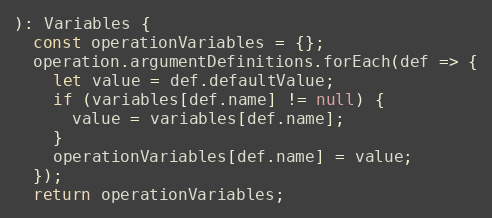
Language: JavaScript
): Variables {
  const operationVariables = {};
  operation.argumentDefinitions.forEach(def => {
    let value = def.defaultValue;
    if (variables[def.name] != null) {
      value = variables[def.name];
    }
    operationVariables[def.name] = value;
  });
  return operationVariables;